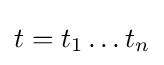
t=t_{1}\dots t_{n}